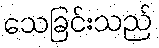
သေခြင်းသည်